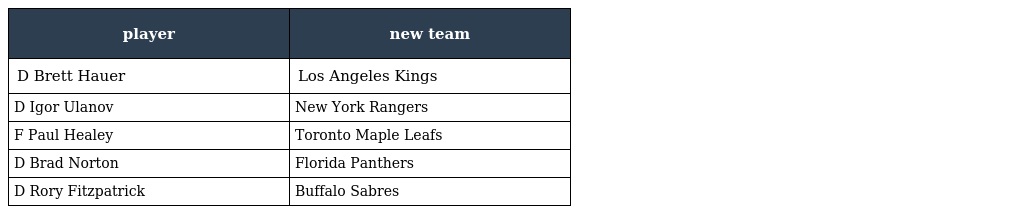
| player | new team |
 | --- | --- |
 | D Brett Hauer | Los Angeles Kings |
 | D Igor Ulanov | New York Rangers |
 | F Paul Healey | Toronto Maple Leafs |
 | D Brad Norton | Florida Panthers |
 | D Rory Fitzpatrick | Buffalo Sabres |